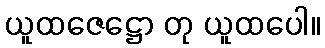
ယူထဇေဋ္ဌော တု ယူထပေါ။